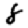
Digit: 8